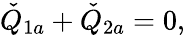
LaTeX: \check{Q}_{1a}+\check{Q}_{2a}=0,